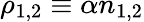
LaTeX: \rho_{1,2}\equiv\alpha n_{1,2}